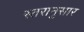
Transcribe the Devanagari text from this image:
स्तरानुसार